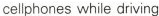
cellphones while driving